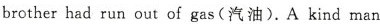
brotherhad run out of gas( 油).Akind man